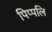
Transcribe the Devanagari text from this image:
पिप्पलि